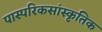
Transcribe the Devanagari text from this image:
पास्परिकसांस्कृतिक